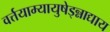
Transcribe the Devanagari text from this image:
वर्त्तयाम्यायुषेड्न्नाद्याय